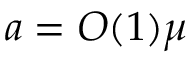
a = O ( 1 ) \mu